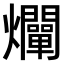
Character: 𤓙